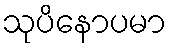
သုပိနောပမာ